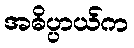
အဓိပ္ပာယ်က